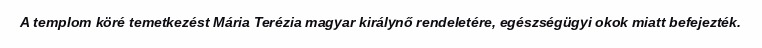
A templom köré temetkezést Mária Terézia magyar királynő rendeletére, egészségügyi okok miatt befejezték.